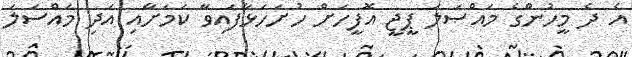
އެ ދެ މީހުންގެ މައްސަލަ ޕީޖީ އޮފީހަށް ހުށަހަޅާފައިވާ ކަމަށާއި އަދި މައްސަލަ